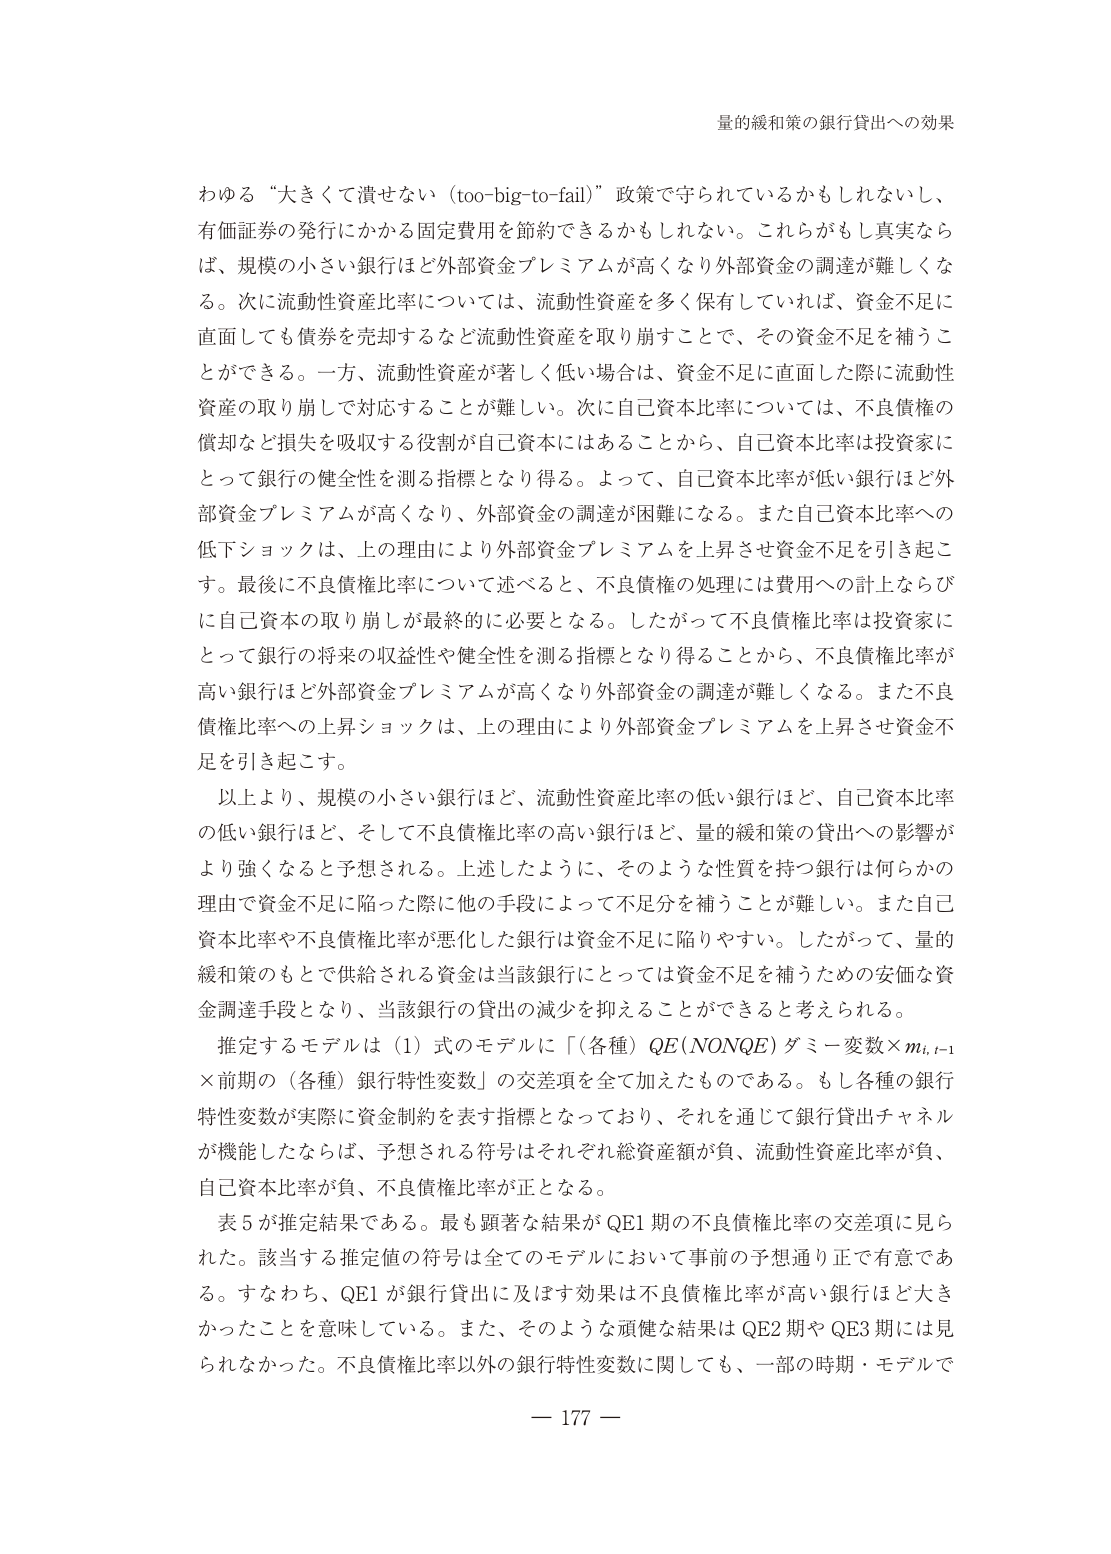
量的緩和策の銀行貸出への効果

わゆる“大きくて潰せない（too-big-to-fail）”政策で守られているかもしれないし、
有価証券の発行にかかる固定費用を節約できるかもしれない。これらがもし真実なら
ば、規模の小さい銀行ほど外部資金プレミアムが高くなり外部資金の調達が難しくな
る。次に流動性資産比率については、流動性資産を多く保有していれば、資金不足に
直面しても債券を売却するなど流動性資産を取り崩すことで、その資金不足を補うこ
とができる。一方、流動性資産が著しく低い場合は、資金不足に直面した際に流動性
資産の取り崩しで対応することが難しい。次に自己資本比率については、不良債権の
償却など損失を吸収する役割が自己資本にはあることから、自己資本比率は投資家に
とって銀行の健全性を測る指標となり得る。よって、自己資本比率が低い銀行ほど外
部資金プレミアムが高くなり、外部資金の調達が困難になる。また自己資本比率への
低下ショックは、上の理由により外部資金プレミアムを上昇させ資金不足を引き起こ
す。最後に不良債権比率について述べると、不良債権の処理には費用への計上ならび
に自己資本の取り崩しが最終的に必要となる。したがって不良債権比率は投資家に
とって銀行の将来の収益性や健全性を測る指標となり得ることから、不良債権比率が
高い銀行ほど外部資金プレミアムが高くなり外部資金の調達が難しくなる。また不良
債権比率への上昇ショックは、上の理由により外部資金プレミアムを上昇させ資金不
足を引き起こす。

以上より、規模の小さい銀行ほど、流動性資産比率の低い銀行ほど、自己資本比率
の低い銀行ほど、そして不良債権比率の高い銀行ほど、量的緩和策の貸出への影響が
より強くなると予想される。上述したように、そのような性質を持つ銀行は何らかの
理由で資金不足に陥った際に他の手段によって不足分を補うことが難しい。また自己
資本比率や不良債権比率が悪化した銀行は資金不足に陥りやすい。したがって、量的
緩和策のもとで供給される資金は当該銀行にとっては資金不足を補うための安価な資
金調達手段となり、当該銀行の貸出の減少を抑えることができると考えられる。

推定するモデルは（1）式のモデルに「（各種）QE(NONQE)ダミー変数×mi,t-1
×前期の（各種）銀行特性変数」の交差項を全て加えたものである。もし各種の銀行
特性変数が実際に資金制約を表す指標となっており、それを通じて銀行貸出チャネル
が機能したならば、予想される符号はそれぞれ総資産額が負、流動性資産比率が負、
自己資本比率が負、不良債権比率が正となる。

表5が推定結果である。最も顕著な結果がQE1期の不良債権比率の交差項に見ら
れた。該当する推定値の符号は全てのモデルにおいて事前の予想通り正で有意であ
る。すなわち、QE1が銀行貸出に及ぼす効果は不良債権比率が高い銀行ほど大き
かったことを意味している。また、そのような頑健な結果はQE2期やQE3期には見
られなかった。不良債権比率以外の銀行特性変数に関しても、一部の時期・モデルで

— 177 —